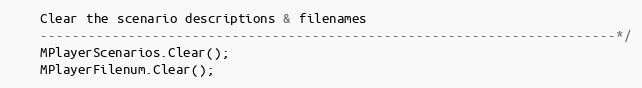
Language: C++
	Clear the scenario descriptions & filenames
	------------------------------------------------------------------------*/
	MPlayerScenarios.Clear();
	MPlayerFilenum.Clear();